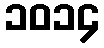
၁၀၁၄